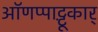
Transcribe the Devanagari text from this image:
ऑणप्पाट्टू़कार्